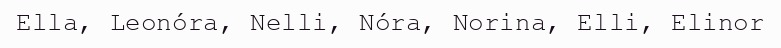
Ella, Leonóra, Nelli, Nóra, Norina, Elli, Elinor